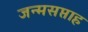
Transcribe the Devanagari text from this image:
जन्मसप्ताह